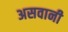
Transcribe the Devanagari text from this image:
असवानी